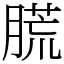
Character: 㬻